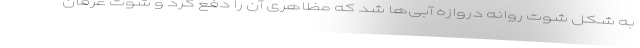
به شکل شوت روانه دروازه آبی‌ها شد که مظاهری آن را دفع کرد و شوت عرفان